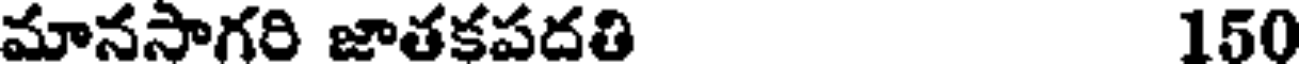
మానసాగరి జాతకపదతి 150